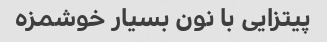
پیتزایی با نون بسیار خوشمزه